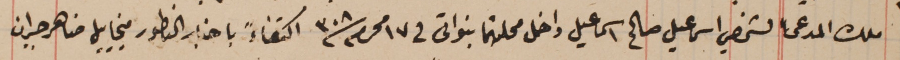
ملك المدعى الشخصي اسماعيل صالح اسماعيل داخل محلتهما بنواتى في ١٧ محرم سنة ٣٠٨ اكتفاءً باخبار الناطور مخاييل ضاهر جبران